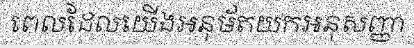
ពេលដែលយើងអនុម័តយកអនុសញ្ញា